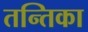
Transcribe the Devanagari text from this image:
तन्तिका